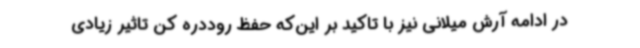
در ادامه آرش میلانی نیز با تاکید بر این‌که حفظ روددره کن تاثیر زیادی